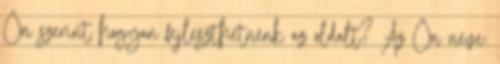
Ön szerint hogyan fejleszthetnénk az oldalt? Az Ön neve: